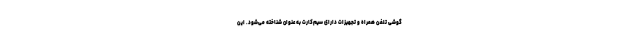
گوشی تلفن همراه و تجهیزات دارای سیم‌کارت به عنوان شناخته می‌شود. این